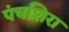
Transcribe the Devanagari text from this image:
पंचशिरा